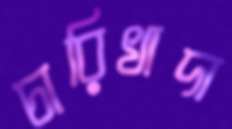
চারিখাদা